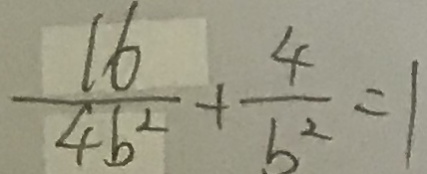
\frac { 1 6 } { 4 b ^ { 2 } } + \frac { 4 } { b ^ { 2 } } = 1